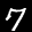
Label: 7